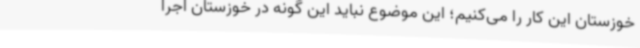
خوزستان این کار را می‌کنیم؛ این موضوع نباید این گونه در خوزستان اجرا